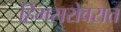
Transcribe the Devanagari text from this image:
हिमसरोवरात